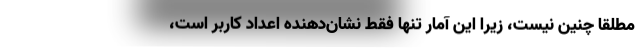
مطلقا چنين نيست، زيرا اين آمار تنها فقط نشان‌دهنده اعداد كاربر است،